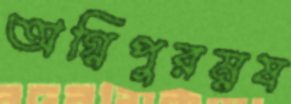
অগ্নিপুরম্নষ